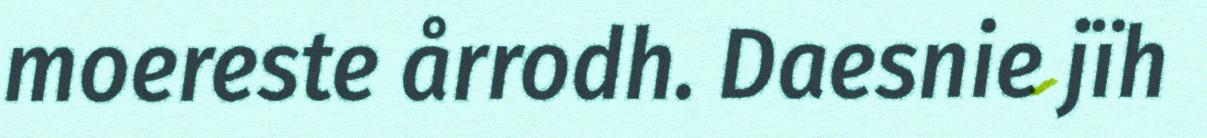
moereste årrodh. Daesnie jïh